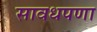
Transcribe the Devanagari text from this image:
सावधपणा